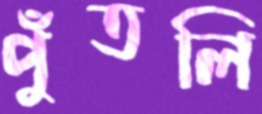
পুঁতলি